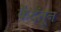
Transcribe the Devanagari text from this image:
कैदेंतून